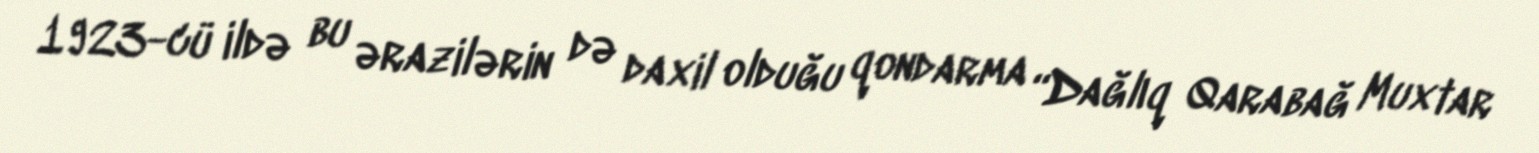
1923-cü ildə bu ərazilərin də daxil olduğu qondarma “Dağlıq Qarabağ Muxtar